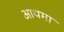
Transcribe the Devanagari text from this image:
आथमा